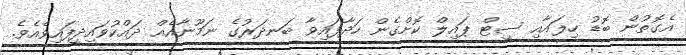
އެގޮތުން ބޮޑު ހިލައާއި ސީޓް ޕައިލް ކޮށްގެން ހަދާފައިވާ ބަނދަރުގެ ނަމޫނާއެއް ދައްކުވައިދީފައިވެއެވެ.